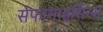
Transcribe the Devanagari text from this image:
सेफामाइसिन्स